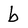
Character: b